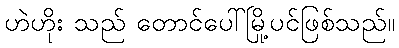
ဟဲဟိုး သည် တောင်ပေါ်မြို့ပင်ဖြစ်သည်။